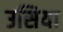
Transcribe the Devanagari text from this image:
उसिया